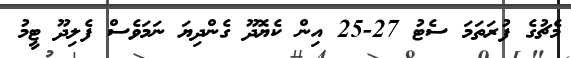
މެޗުގެ ފުރަތަމަ ސެޓު 27-25 އިން ކެޔޮދޫ ގެންދިޔަ ނަމަވެސް ފެލިދޫ ޓީމު